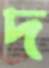
দ